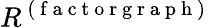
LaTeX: R^{\mathrm{~(~f~a~c~t~o~r~g~r~a~p~h~)~}}